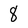
Character: 8